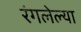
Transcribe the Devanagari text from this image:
रंगलेल्या